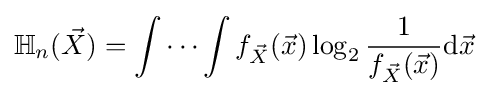
\mathbb {H} _{n}({\vec {X}})=\int \cdots \int f_{\vec {X}}({\vec {x}})\log _{2}{\frac {1}{f_{\vec {X}}({\vec {x}})}}\mathrm {d} {\vec {x}}